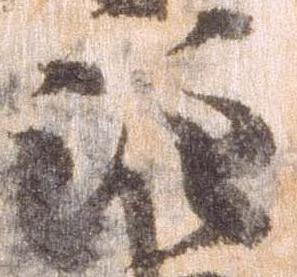
注